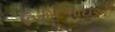
વિનોદભાઇએ